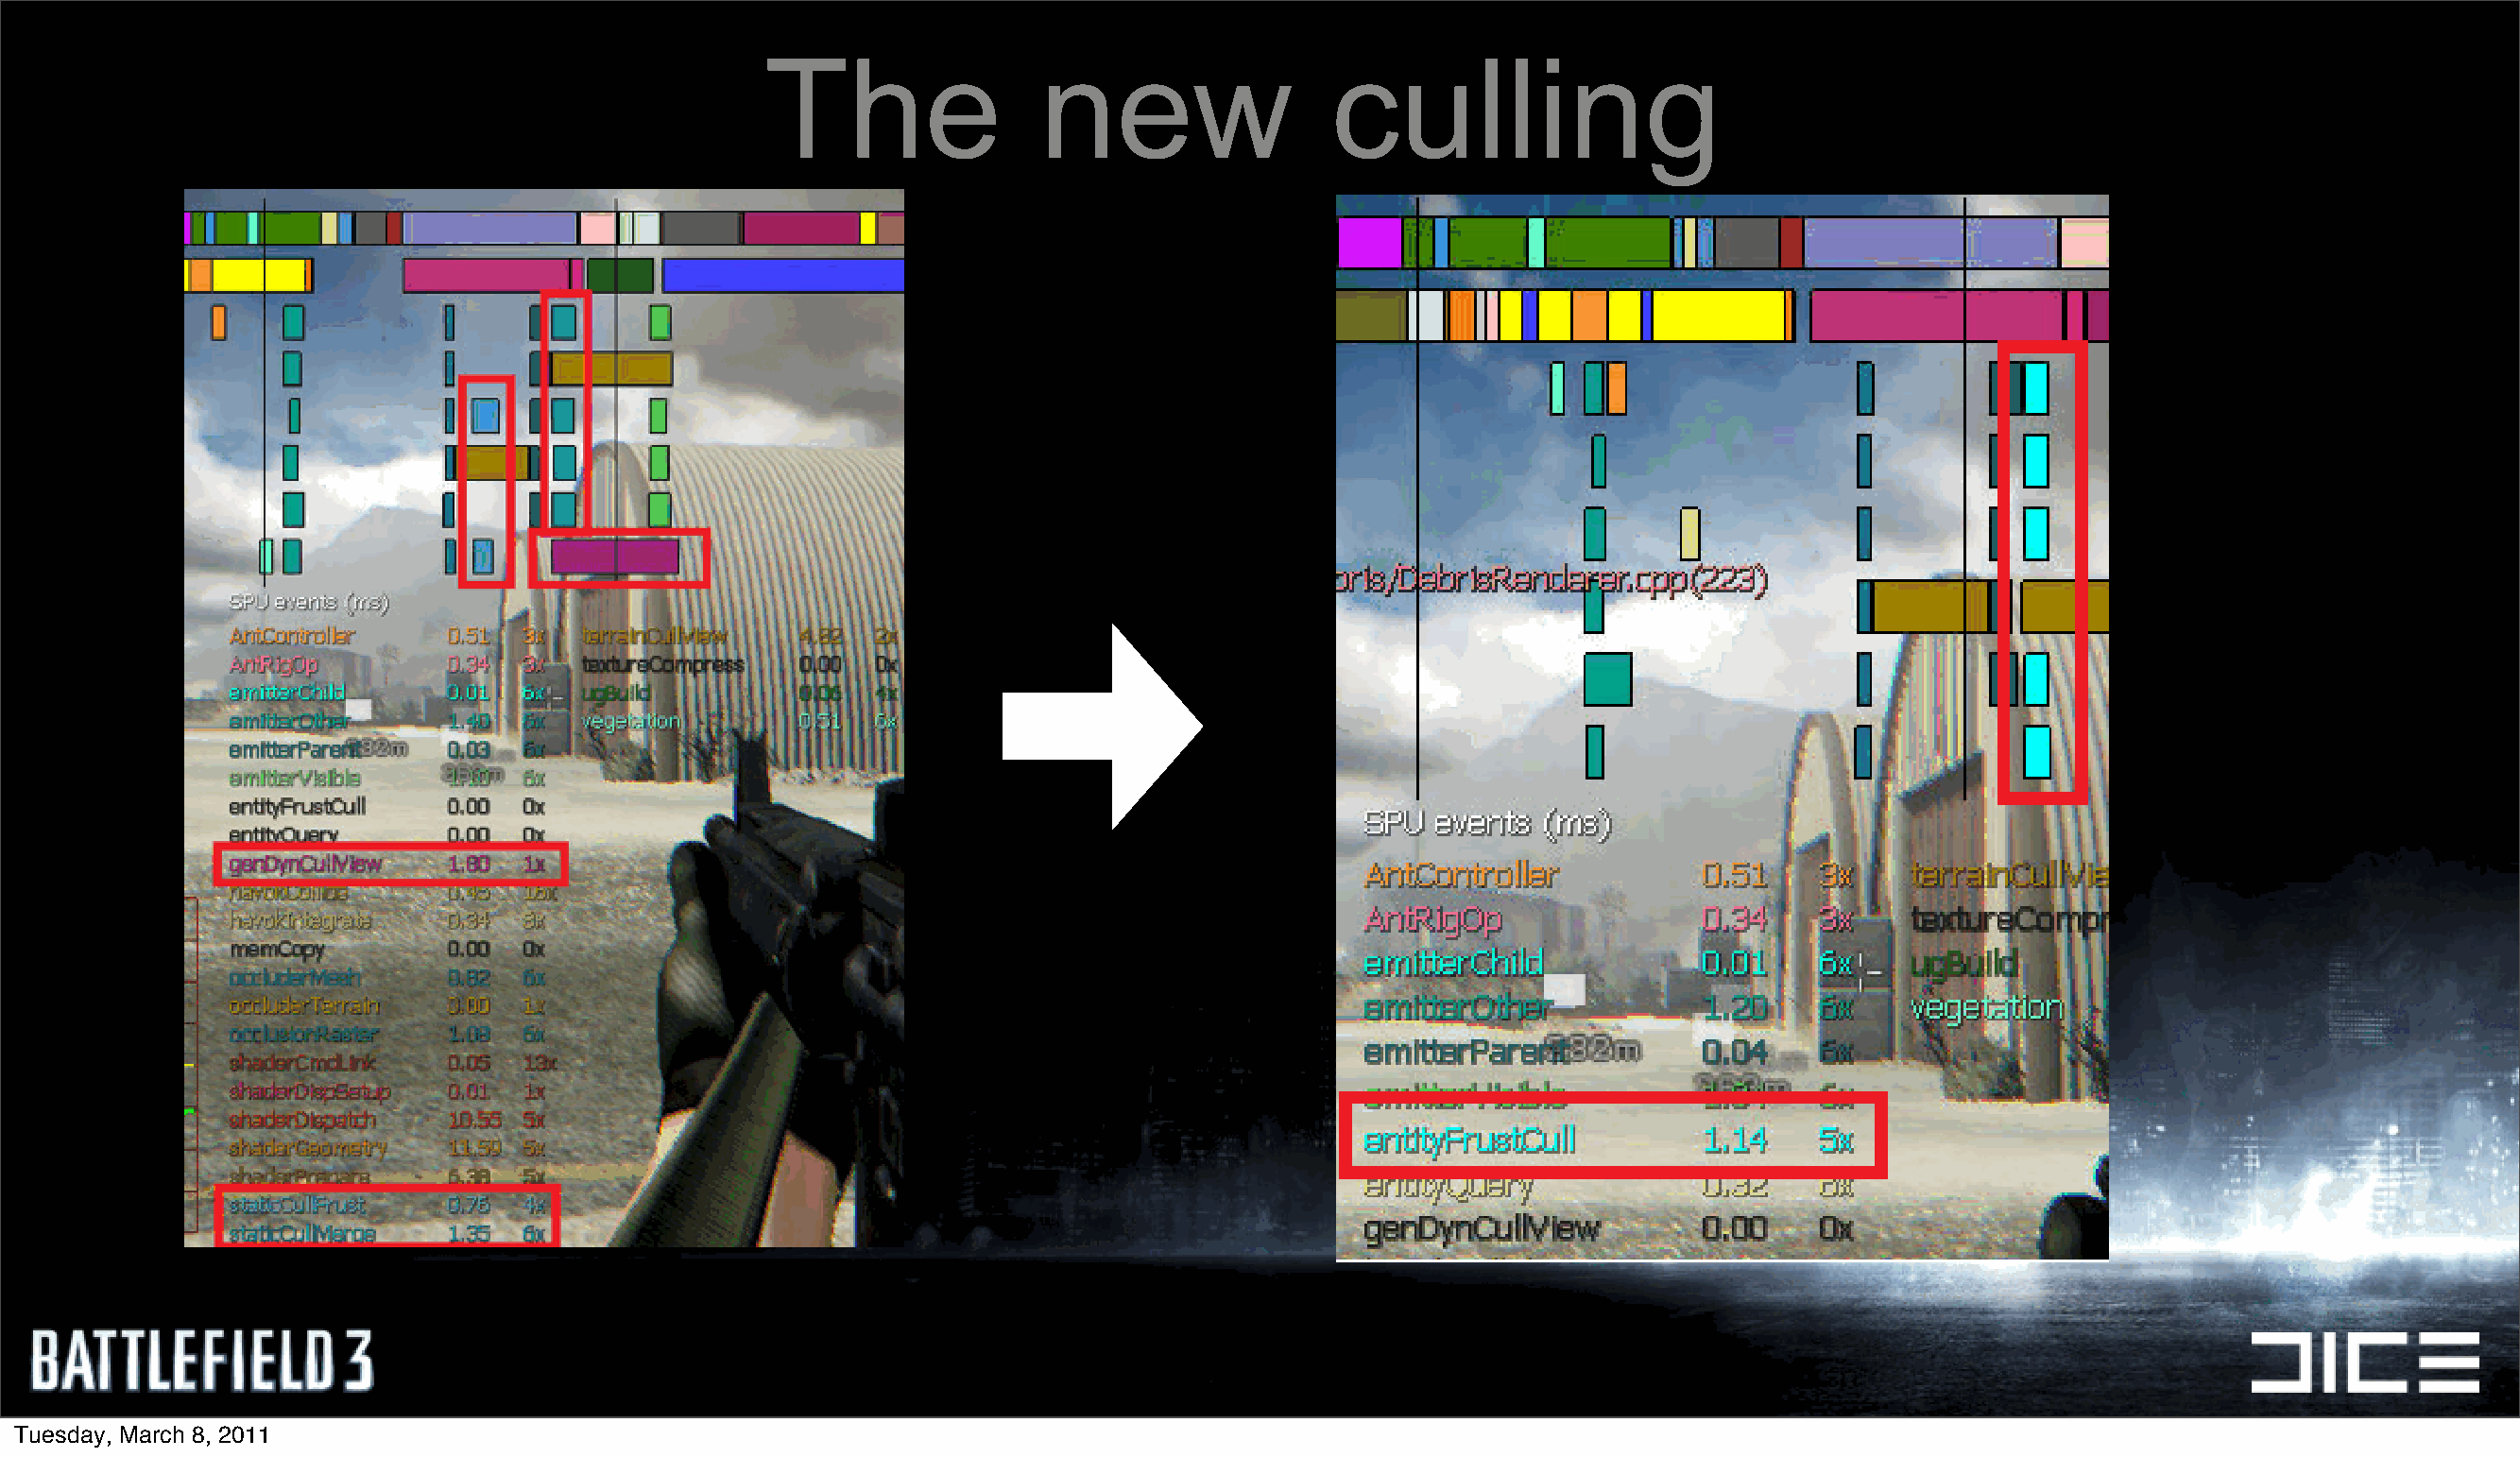
The                new                 culling
 Tuesday, March 8, 2011